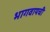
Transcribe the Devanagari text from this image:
भागवायची